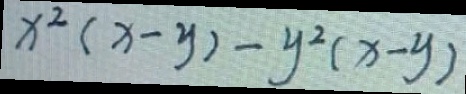
x ^ { 2 } ( x - y ) - y ^ { 2 } ( x - y )